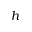
h